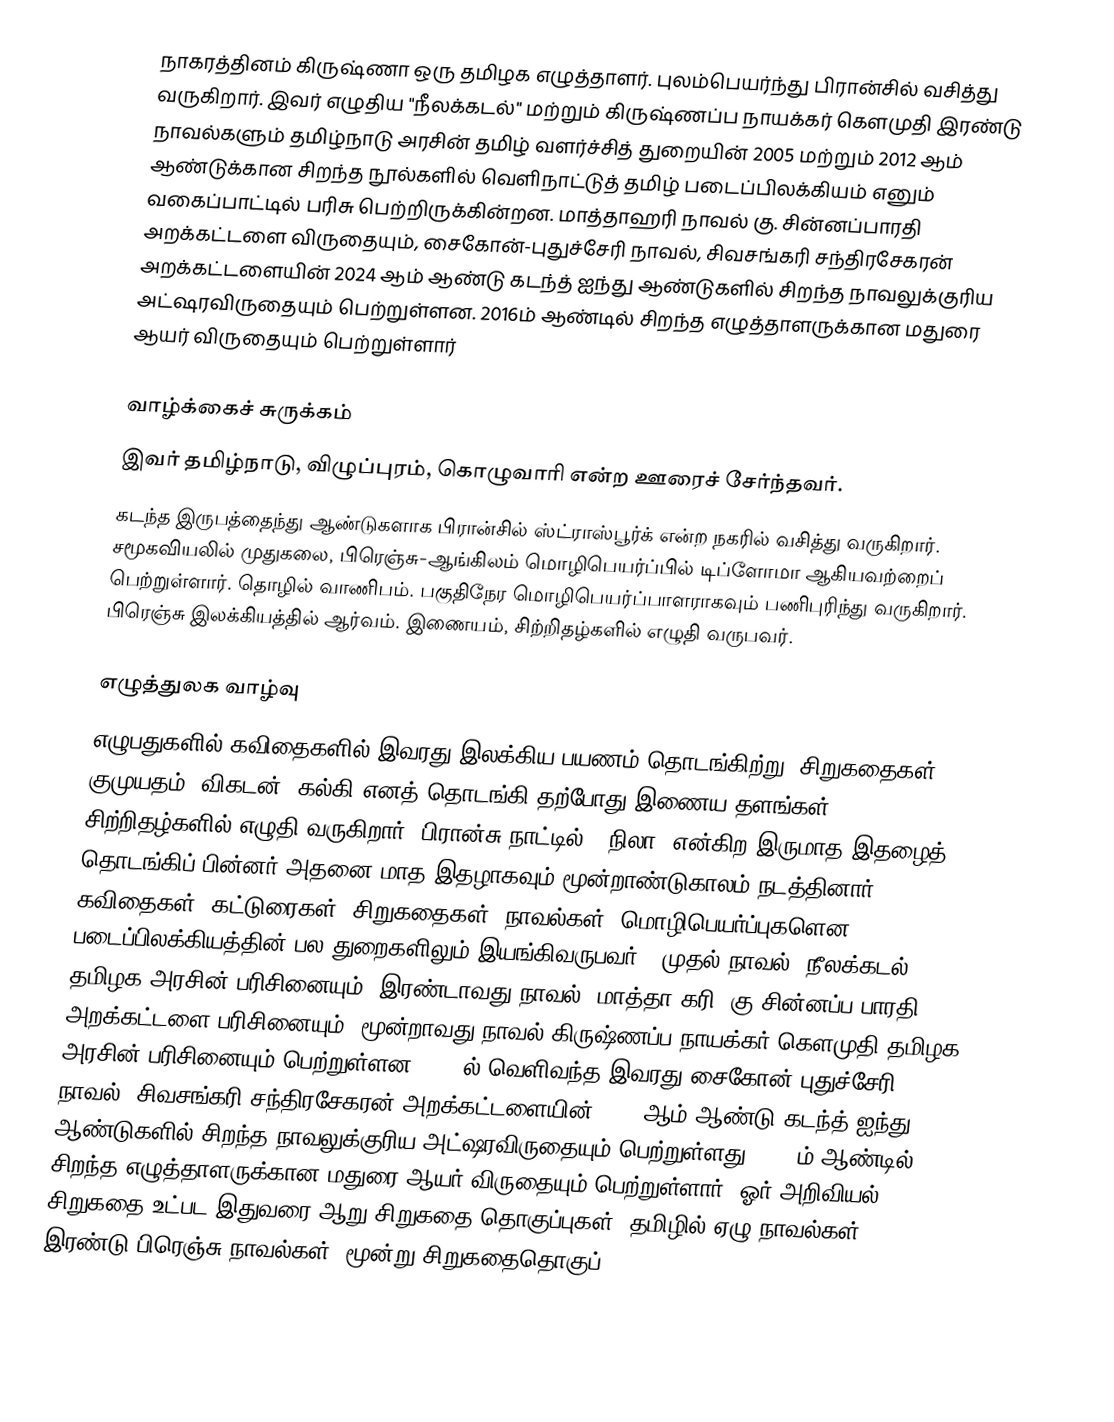
நாகரத்தினம் கிருஷ்ணா ஒரு தமிழக எழுத்தாளர். புலம்பெயர்ந்து பிரான்சில் வசித்து வருகிறார். இவர் எழுதிய "நீலக்கடல்" மற்றும் கிருஷ்ணப்ப நாயக்கர் கௌமுதி இரண்டு நாவல்களும் தமிழ்நாடு அரசின் தமிழ் வளர்ச்சித் துறையின் 2005 மற்றும் 2012 ஆம் ஆண்டுக்கான சிறந்த நூல்களில் வெளிநாட்டுத் தமிழ் படைப்பிலக்கியம் எனும் வகைப்பாட்டில் பரிசு பெற்றிருக்கின்றன. மாத்தாஹரி நாவல் கு. சின்னப்பாரதி அறக்கட்டளை விருதையும், சைகோன்-புதுச்சேரி நாவல், சிவசங்கரி சந்திரசேகரன் அறக்கட்டளையின் 2024 ஆம் ஆண்டு கடந்த் ஐந்து ஆண்டுகளில் சிறந்த நாவலுக்குரிய அட்ஷரவிருதையும் பெற்றுள்ளன. 2016ம் ஆண்டில் சிறந்த எழுத்தாளருக்கான மதுரை ஆயர் விருதையும் பெற்றுள்ளார்

வாழ்க்கைச் சுருக்கம்
இவர் தமிழ்நாடு, விழுப்புரம், கொழுவாரி என்ற ஊரைச் சேர்ந்தவர்.
கடந்த இருபத்தைந்து ஆண்டுகளாக பிரான்சில் ஸ்ட்ராஸ்பூர்க் என்ற நகரில் வசித்து வருகிறார். சமூகவியலில் முதுகலை, பிரெஞ்சு-ஆங்கிலம் மொழிபெயர்ப்பில் டிப்ளோமா ஆகியவற்றைப் பெற்றுள்ளார். தொழில் வாணிபம். பகுதிநேர மொழிபெயர்ப்பாளராகவும் பணிபுரிந்து வருகிறார். பிரெஞ்சு இலக்கியத்தில் ஆர்வம். இணையம், சிற்றிதழ்களில் எழுதி வருபவர்.

எழுத்துலக வாழ்வு
எழுபதுகளில் கவிதைகளில் இவரது இலக்கிய பயணம் தொடங்கிற்று. சிறுகதைகள் குமுயதம், விகடன், கல்கி எனத் தொடங்கி தற்போது இணைய தளங்கள், சிற்றிதழ்களில் எழுதி வருகிறார். பிரான்சு நாட்டில் ' நிலா' என்கிற இருமாத இதழைத் தொடங்கிப் பின்னர் அதனை மாத இதழாகவும்  மூன்றாண்டுகாலம்  நடத்தினார். கவிதைகள், கட்டுரைகள், சிறுகதைகள்,  நாவல்கள், மொழிபெயர்ப்புகளென படைப்பிலக்கியத்தின் பல துறைகளிலும்  இயங்கிவருபவர்.. முதல் நாவல் "நீலக்கடல்" தமிழக அரசின் பரிசினையும், இரண்டாவது நாவல் 'மாத்தா கரி' கு.சின்னப்ப பாரதி அறக்கட்டளை பரிசினையும், மூன்றாவது நாவல் கிருஷ்ணப்ப  நாயக்கர் கௌமுதி தமிழக அரசின் பரிசினையும் பெற்றுள்ளன.  2022ல் வெளிவந்த இவரது சைகோன்-புதுச்சேரி நாவல், சிவசங்கரி சந்திரசேகரன் அறக்கட்டளையின் 2024 ஆம் ஆண்டு கடந்த் ஐந்து ஆண்டுகளில் சிறந்த நாவலுக்குரிய அட்ஷரவிருதையும் பெற்றுள்ளது. 2016ம் ஆண்டில் சிறந்த எழுத்தாளருக்கான மதுரை ஆயர் விருதையும் பெற்றுள்ளார். ஓர் அறிவியல் சிறுகதை உட்பட இதுவரை ஆறு  சிறுகதை தொகுப்புகள்; தமிழில் ஏழு நாவல்கள்; இரண்டு பிரெஞ்சு நாவல்கள், மூன்று சிறுகதைதொகுப்